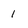
Character: 1